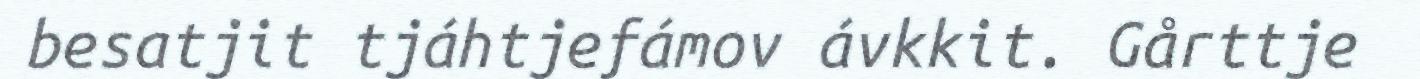
besatjit tjáhtjefámov ávkkit. Gårttje